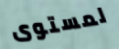
لمستوى